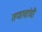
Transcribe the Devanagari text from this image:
तणावांची